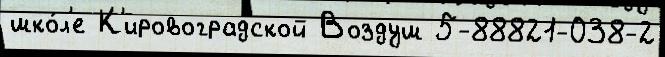
шко́л'е К'ировоградской Воздуш 5-88821-038-2